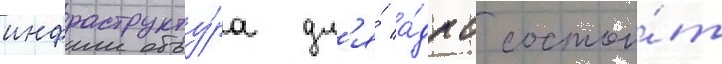
инфраструкту́ра дл'я́ а́дпс состои́т